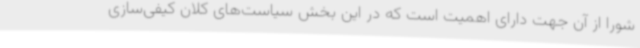
شورا از آن جهت دارای اهمیت است که در این بخش سیاست‌های کلان کیفی‌سازی